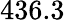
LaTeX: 436.3